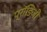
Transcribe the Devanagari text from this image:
प्रॉडिजी